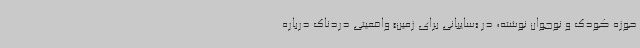
حوزه کودک و نوجوان نوشته، در «سایبانی برای زمین» واقعیتی دردناک درباره